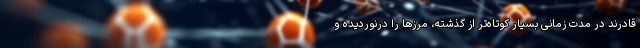
قادرند در مدت زمانی بسیار کوتاه‌تر از گذشته، مرز‌ها را درنوردیده و